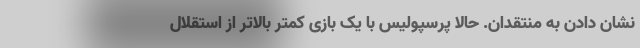
نشان دادن به منتقدان. حالا پرسپولیس با یک بازی کمتر بالاتر از استقلال